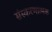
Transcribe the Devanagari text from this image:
संस्करणात्मक